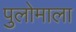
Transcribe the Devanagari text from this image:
पुलोमाला